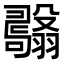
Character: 𦒫